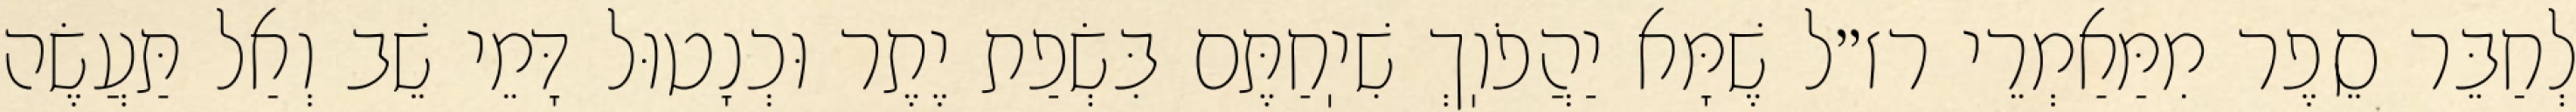
לְחַבֵּר סֵפֶר מִמַּאַמְרֵי רז״ל שֶׁמָּא יַהֲפֹוֽךְ שִׁיֽחַתֶּם בִּשְׂפַת יֶתֶר וּכְנָטוּל דָּמֵי שֵׁב וְאַל תַּעֲשֶׂה